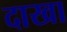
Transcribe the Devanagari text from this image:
दाखा